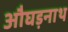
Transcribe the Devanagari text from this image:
औघड़नाथ